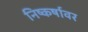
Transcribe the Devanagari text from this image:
निष्कर्षावर